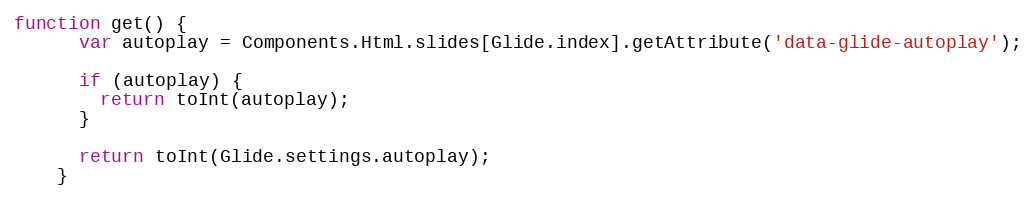
Language: JavaScript
function get() {
      var autoplay = Components.Html.slides[Glide.index].getAttribute('data-glide-autoplay');

      if (autoplay) {
        return toInt(autoplay);
      }

      return toInt(Glide.settings.autoplay);
    }